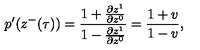
p ^ { \prime } ( z ^ { - } ( \tau ) ) = \frac { 1 + \frac { \partial z ^ { 1 } } { \partial z ^ { 0 } } } { 1 - \frac { \partial z ^ { 1 } } { \partial z ^ { 0 } } } = \frac { 1 + v } { 1 - v } ,